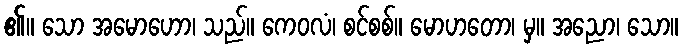
၏။ သော အမောဟော၊ သည်။ ကေဝလံ၊ စင်စစ်။ မောဟတော၊ မှ။ အညော၊ သော။